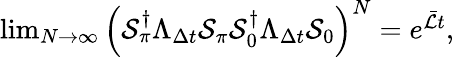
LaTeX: \begin{array}{r}{\operatorname*{lim}_{N\to\infty}\left(\mathcal S_{\pi}^{\dagger}\Lambda_{\Delta t}\mathcal S_{\pi}\mathcal S_{0}^{\dagger}\Lambda_{\Delta t}\mathcal S_{0}\right)^{N}=e^{\bar{\mathcal L}t},}\end{array}